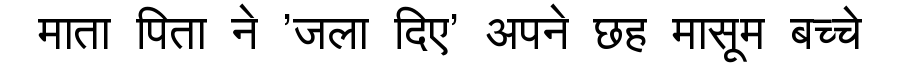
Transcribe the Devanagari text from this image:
माता पिता ने 'जला दिए' अपने छह मासूम बच्चे